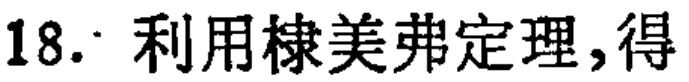
18. 利用棣美弗定理,得